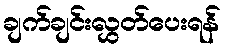
ချက်ချင်းလွှတ်ပေးရန်